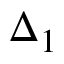
\Delta _ { 1 }